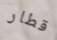
قطار